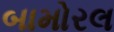
બામોરલ